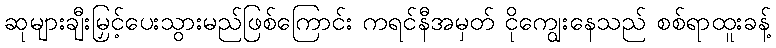
ဆုများချီးမြှင့်ပေးသွားမည်ဖြစ်ကြောင်း ကရင်နီအမှတ် ငိုကျွေးနေသည် စစ်ရာထူးခန့်